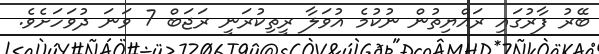
ބޭރު ފާރުގައި ރައްޔިތުން ނުކުމެ އުވަލާ ރީތިކުރަނީ ރަޖަބް 7 ވަނަ ދުވަހަށެވެ.